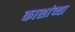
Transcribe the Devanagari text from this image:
काशांच्या